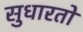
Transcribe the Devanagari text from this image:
सुधारतो